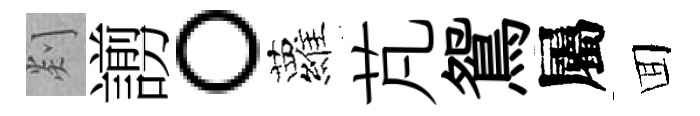
剡謭。蘿芃鴛屬囬